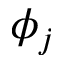
\phi _ { j }